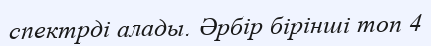
спектрді алады. Әрбір бірінші топ 4